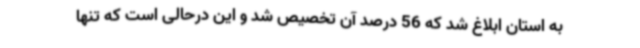
به استان ابلاغ شد که 56 درصد آن تخصیص شد و این درحالی است که تنها